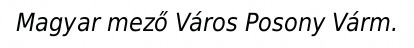
Magyar mező Város Posony Várm.